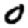
Digit: 0